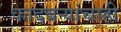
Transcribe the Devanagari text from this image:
कादंबऱ्यांचाही